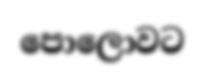
පොලොවට